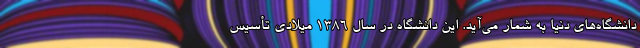
دانشگاه‌های دنیا به شمار می‌آید. این دانشگاه در سال ۱۳۸۶ میلادی تأسیس